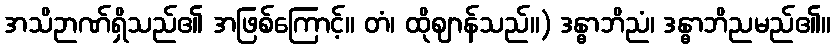
အသိဉာဏ်ရှိသည်၏ အဖြစ်ကြောင့်။ တံ၊ ထိုဈာန်သည်။) ဒန္ဓာဘိညံ၊ ဒန္ဓာဘိညမည်၏။